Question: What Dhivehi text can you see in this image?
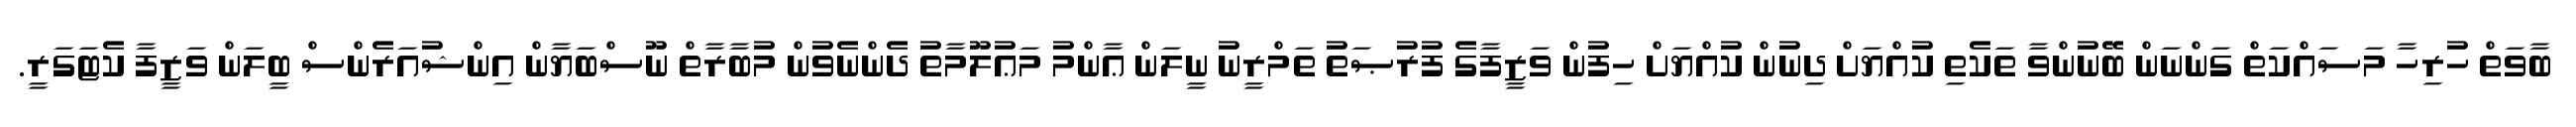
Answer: ބާވަތް ހުރިހާ މަސައްކަތް ގަންނަން ބޭނުންވާ ތަކެތި ކުއްޔަށް ދިނުން ކުއްޔަށް ހިފުން ވަޒީފާގެ ފުރުޞަތު ތަމްރީނު ނީލަން ޢާންމު މަޢުލޫމާތު ދެންނެވުން މުބާރާތް ނޫސްބަޔާން އިންޝުއަރެންސް ބީލަން ވަޒީފާ ކެޓަގަރީ.